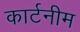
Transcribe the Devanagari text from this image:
कार्टनीम